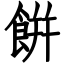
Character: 餠